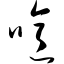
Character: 噫